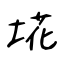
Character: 埖